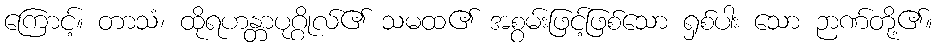
ကြောင့်။ တာသံ၊ ထိုရဟန္တာပုဂ္ဂိုလ်၏ သမထ၏ အစွမ်းဖြင့်ဖြစ်သော ရှစ်ပါး သော ဉာဏ်တို့၏။